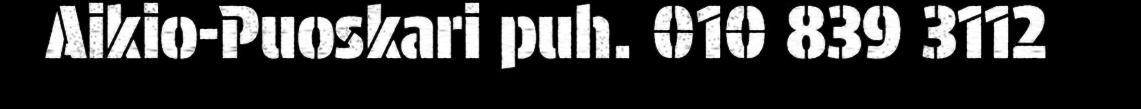
Aikio-Puoskari puh. 010 839 3112